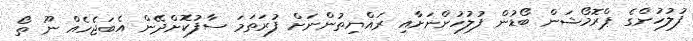
ފުލުހުންގެ ޕްރޮމޯޝަން ބޯޑުން ފުލުހުންނަށާއި ރައްޔިތުންނަށް ފުރަތަމަ ސާފުކޮށްދޭން އެބަޖެހެއް ނޫ ތޯ